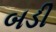
બડી